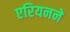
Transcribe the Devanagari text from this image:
एरियनने